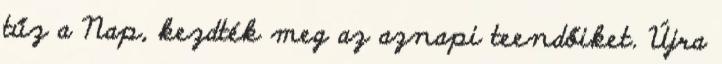
tűz a Nap, kezdték meg az aznapi teendőiket. Újra